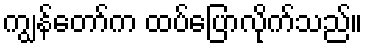
ကျွန်တော်က ထပ်ပြောလိုက်သည်။